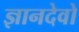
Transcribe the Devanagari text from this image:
ज्ञानदेवो